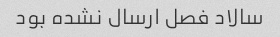
سالاد فصل ارسال نشده بود